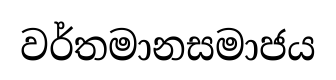
වර්තමානසමාජය